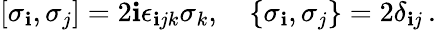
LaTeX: \left[\sigma_{\mathbf{i}},\sigma_{j}\right]=2\mathbf{i}\epsilon_{\mathbf{i}jk}\sigma_{k},\quad\left\{ \sigma_{\mathbf{i}},\sigma_{j}\right\} =2\delta_{\mathbf{i}j}\, .